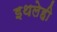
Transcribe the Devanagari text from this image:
इथलेही